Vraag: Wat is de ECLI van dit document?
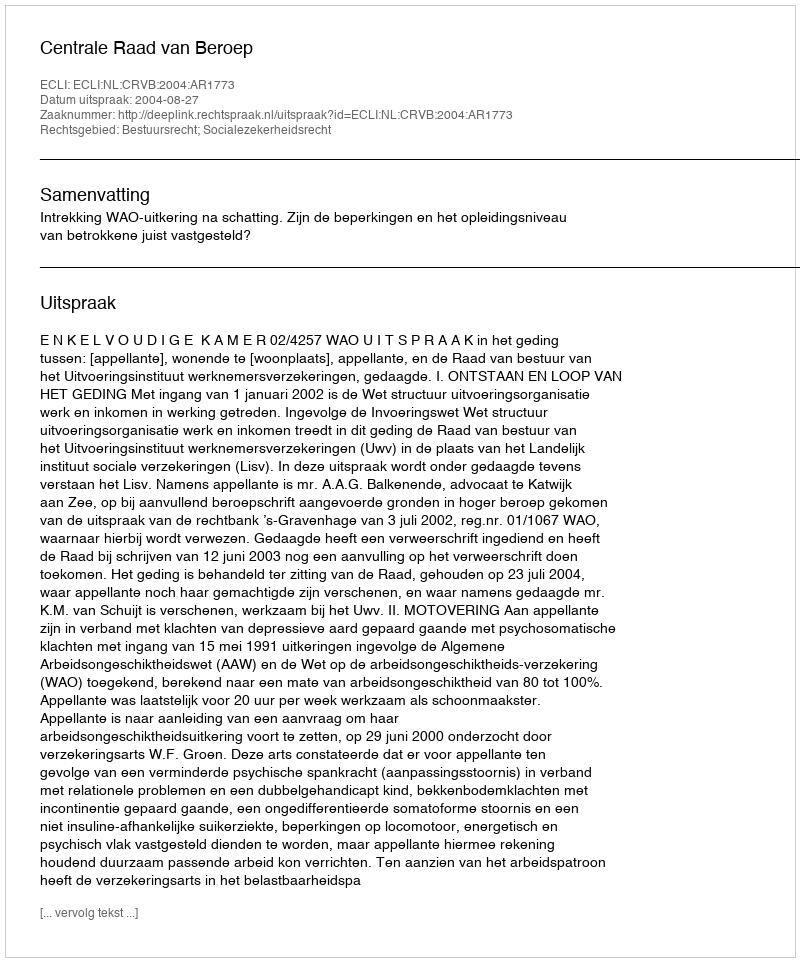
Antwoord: ECLI:NL:CRVB:2004:AR1773